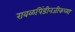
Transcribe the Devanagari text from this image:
रावळपिंडीनजीकच्या